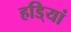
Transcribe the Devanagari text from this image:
हडि्यां